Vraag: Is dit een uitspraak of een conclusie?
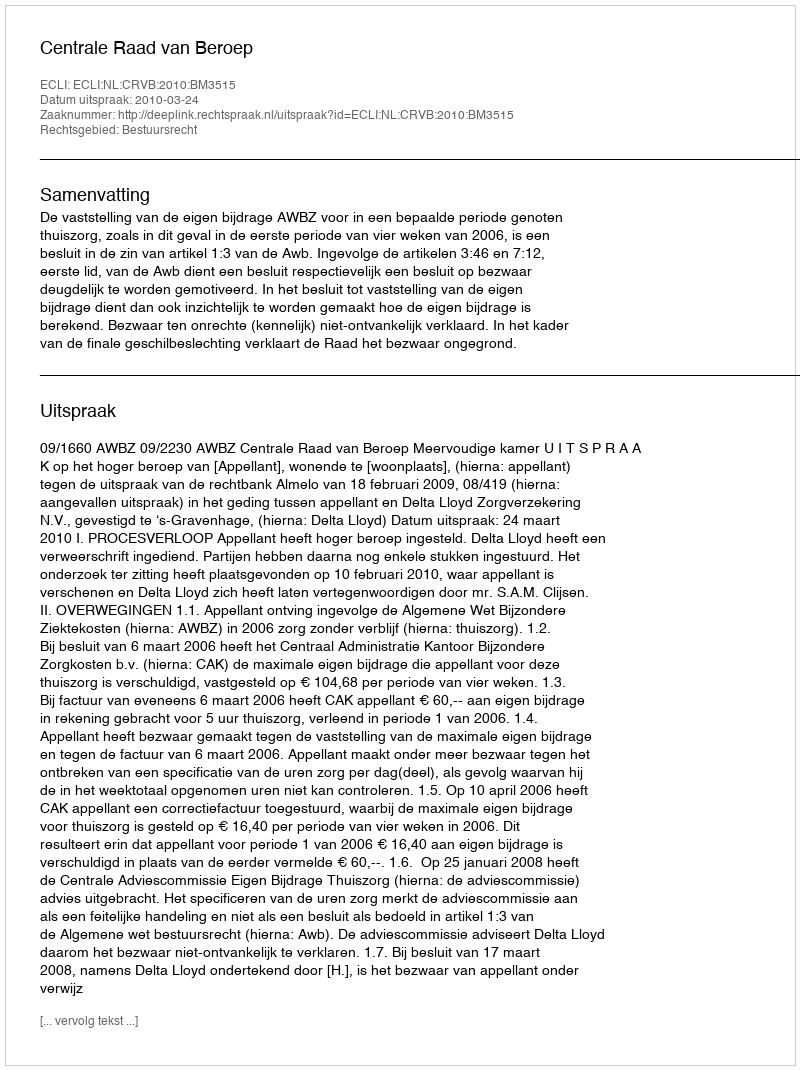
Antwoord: Uitspraak